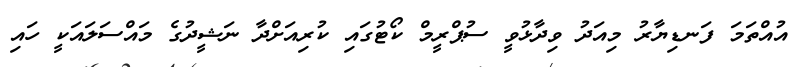
އުއްތަމަ ފަނޑިޔާރު މިއަދު ވިދާޅުވީ ސުޕްރީމް ކޯޓުގައި ކުރިއަށްދާ ނަޝީދުގެ މައްސަލައަކީ ހައި